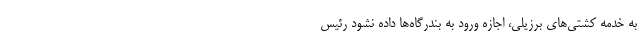
به خدمه کشتی‌های برزیلی، اجازه ورود به بندرگاه‌ها داده نشود رئیس